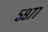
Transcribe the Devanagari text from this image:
५९७७